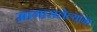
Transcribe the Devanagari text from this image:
मागासलेल्यांना